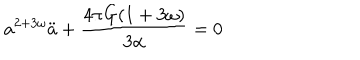
LaTeX: a ^ { 2 + 3 \omega } \ddot { a } + \frac { 4 \pi G ( 1 + 3 \omega ) } { 3 \alpha } = 0